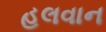
હલવાન